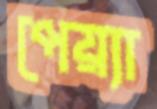
পেয়্যা